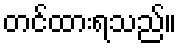
တင်ထားရသည်။